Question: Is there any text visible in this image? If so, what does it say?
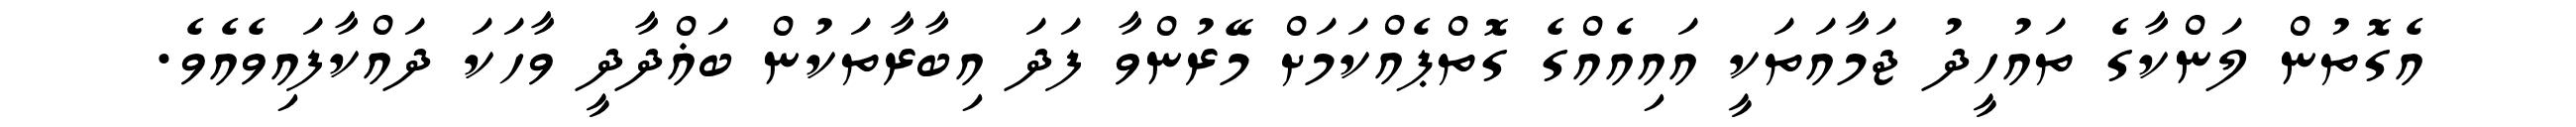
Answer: އެގޮތުން ލަންކާގެ ތައުހީދު ޖަމާއަތަކީ އައިއެއްގެ ގޮތްޕެއްކަމަށް މޭރުންވާ ފަދަ އިބާރާތަކުން ބަޣްދާދީ ވާހަކަ ދައްކާފައިވެއެވެ.